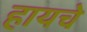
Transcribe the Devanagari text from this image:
हायचे